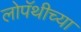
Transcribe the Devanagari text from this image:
लोपॅथीच्या